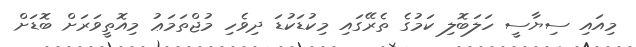
މިއައި ސިޔާސީ ހަލަބޮލި ކަމުގެ ތެރޭގައި މިކުޑަކުޑަ ދިވެހި މުޖްތަމަޢު މިއޮތީވަރަށް ބޮޑަށް